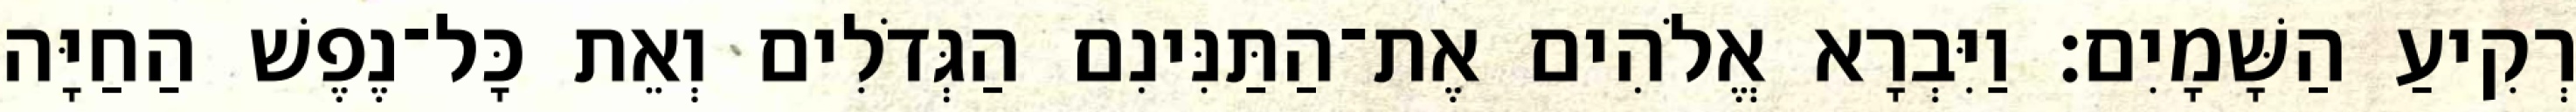
רְקִיעַ הַשָּׁמָיִם׃ וַיִּבְרָא אֱלֹהִים אֶת־הַתַּנִּינִם הַגְּדֹלִים וְאֵת כָּל־נֶפֶשׁ הַחַיָּה